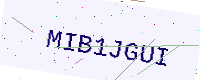
Text: MIB1JGUI